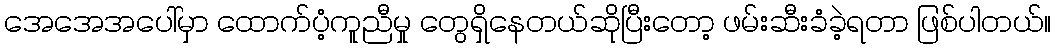
အေအေအပေါ်မှာ ထောက်ပံ့ကူညီမှု တွေရှိနေတယ်ဆိုပြီးတော့ ဖမ်းဆီးခံခဲ့ရတာ ဖြစ်ပါတယ်။